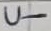
Text: U-